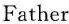
Father